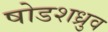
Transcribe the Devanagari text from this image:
षोडशध्रुव